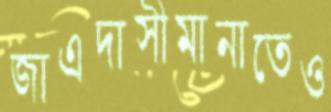
জাএদাসীমানাতেও